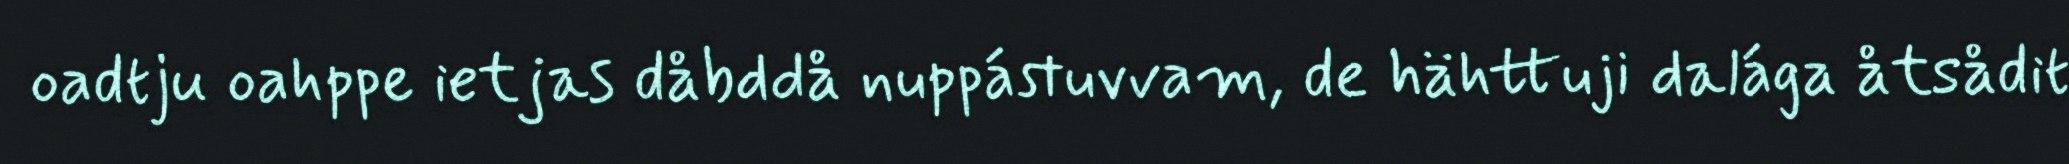
oadtju oahppe ietjas dåbddå nuppástuvvam, de hähttuji dalága åtsådit